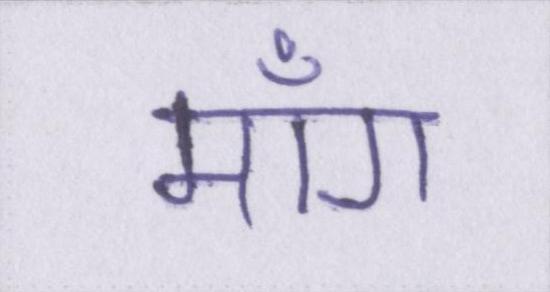
माँग